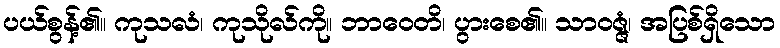
ပယ်စွန့်၏။ ကုသလံ၊ ကုသိုလ်ကို။ ဘာဝေတိ၊ ပွားစေ၏။ သာဝဇ္ဇံ၊ အပြစ်ရှိသော